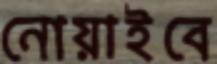
নোয়াইবে